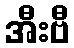
အီးဗီ